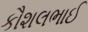
કૌશલભાઈ